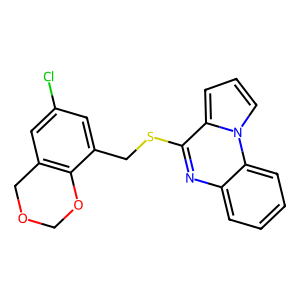
SMILES: Clc1cc2c(c(CSc3nc4ccccc4n4cccc34)c1)OCOC2
Inhibits HIV replication: No